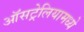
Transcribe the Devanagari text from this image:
ऑसट्रेलियामध्ये